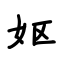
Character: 妪